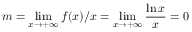
m = \operatorname* { l i m } _ { x \rightarrow + \infty } f ( x ) / x = \operatorname* { l i m } _ { x \rightarrow + \infty } { \frac { \ln x } { x } } = 0